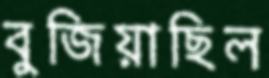
বুজিয়াছিল